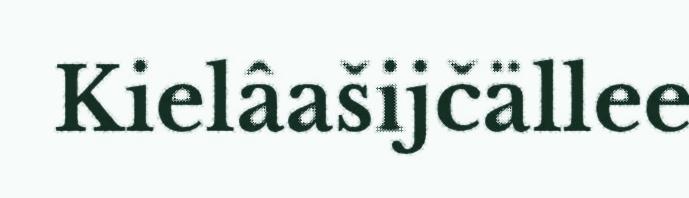
Kielâašijčällee